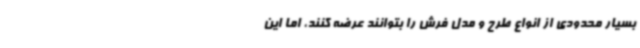
بسیار محدودی از انواع طرح و مدل فرش را بتوانند عرضه کنند، اما این